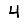
Digit: 4